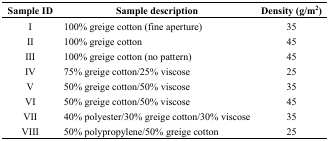
<table><thead><tr><td><b>Sample ID</b></td><td><b>Sample description</b></td><td><b>Density (g/m<sup>2</sup>)</b></td></tr></thead><tbody><tr><td>I</td><td>100% greige cotton (fine aperture)</td><td>35</td></tr><tr><td>II</td><td>100% greige cotton</td><td>45</td></tr><tr><td>III</td><td>100% greige cotton (no pattern)</td><td>45</td></tr><tr><td>IV</td><td>75% greige cotton/25% viscose</td><td>25</td></tr><tr><td>V</td><td>50% greige cotton/50% viscose</td><td>35</td></tr><tr><td>VI</td><td>50% greige cotton/50% viscose</td><td>45</td></tr><tr><td>VII</td><td>40% polyester/30% greige cotton/30% viscose</td><td>35</td></tr><tr><td>VIII</td><td>50% polypropylene/50% greige cotton</td><td>25</td></tr></tbody></table>